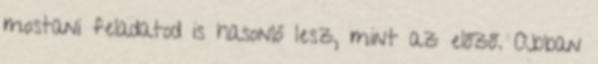
mostani feladatod is hasonló lesz, mint az előző. Abban